Investigations on Bengal jail dietaries - Number 37
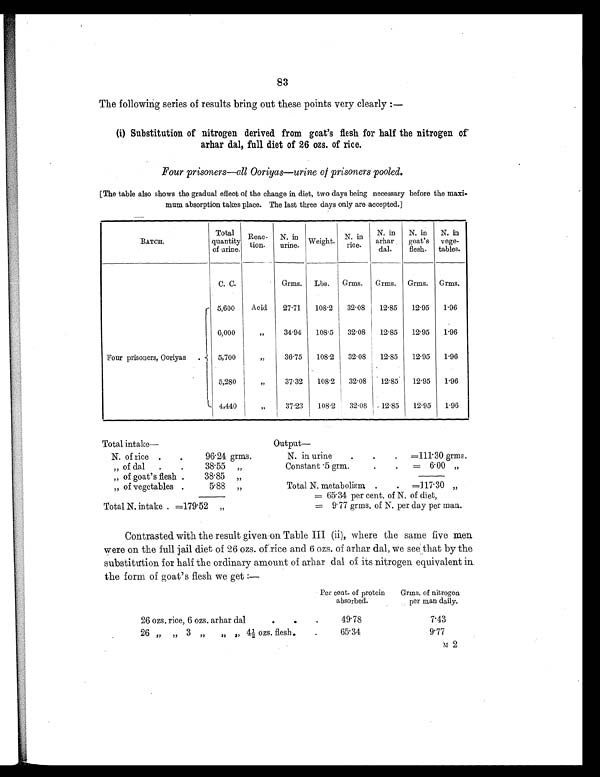
83
The following series of results bring out these points very clearly :—
(i) Substitution of nitrogen derived from goat's flesh for half the nitrogen of
arhar dal, full diet of 26 ozs. of rice.
Four prisoners—all Ooriyas—urine of prisoners pooled.
[The table also shows the gradual effect of the change in diet, two days being necessary before the maxi-
mum absorption takes place. The last three days only are accepted.]
BATCH.
Total
quantity
of urine.
Reac-
tion.
N. in
urine. Weight. N. in
rice.
N. in
arhar
dal.
N. in
goat's
flesh.
N. in
vege-
tables.
C. C.
Grms.
Lbs.
Grms.
Grms.
Grms. Grms.
Four prisoners, Ooriyas .
5,600
Acid
27.71
108 .2
32 . 08
12. 85
12 . 95
1.96
6,000
„
34.94
108. 5
32 . 08
12 . 85
12 . 95
1.96
5,700
„
36.75
108 . 2
32 . 08
12. 85
12 . 95
1.96
5,280
„
37.32
108 .2
32 . 08
12 . 85
12 . 95
1.96
4,440
„
37.23
108 .2
32 . 08
12 . 85
12 . 95
1.96
Total intake—
Output
—
N. of rice .
.
96.24 grms.
N. in urine
.
.
.
=111.30 grms.
„ of dal
.
.
38.55 „
Constant .5 grm.
.
.
= 6.00 „
„ of goat's flesh .
38.85 „
„ of vegetables .
5.88 „
Total N. metabolism .
.
=117.30 „
= 65.34 per cent. of N. of diet,
Total N. intake . =179.52 „
= 9.77 grms. of N. per day per man.
Contrasted with the result given on Table III (ii), where the same five men
were on the full jail diet of 26 ozs. of rice and 6 ozs. of arhar dal, we see that by the
substitution for half the ordinary amount of arhar dal of its nitrogen equivalent in
the form of goat's flesh we get :—
Per cent. of protein
absorbed.
Grms. of nitrogen
per man daily.
26 ozs. rice, 6 ozs. arhar dal
.
.
.
49.78
7.43
26 „ „ 3 „ „ „ 4½ ozs. flesh.
.
6 5 . 3 4
9.77
M 2